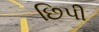
છિપી